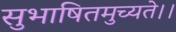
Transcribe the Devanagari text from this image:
सुभाषितमुच्यते।।